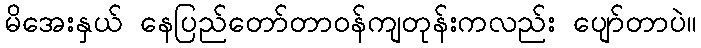
မိအေးနှယ် နေပြည်တော်တာဝန်ကျတုန်းကလည်း ပျော်တာပဲ။